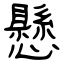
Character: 懸